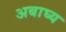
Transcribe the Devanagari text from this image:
अबाघ्य